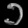
Digit: ၁